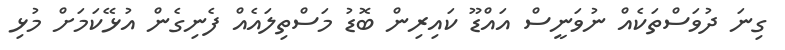
ގިނަ ދުވަސްތަކެއް ނުވަނީސް އައްޑޫ ކައިރިން ބޮޑު މަސްތިލައެއް ފެނިގެން އުޅޭކަމަށް މުޅި